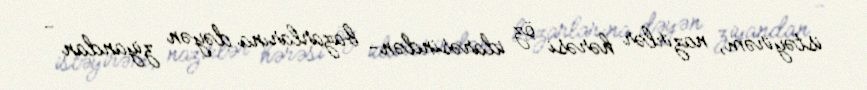
istəyirəm, nazirlər hərəsi öz idarəsindən- bazarlarına dəyən ziyandan -